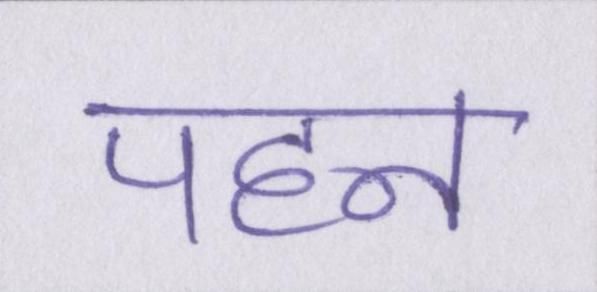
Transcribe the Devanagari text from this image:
पहन